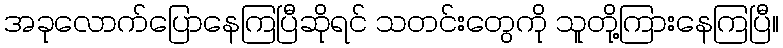
အခုလောက်ပြောနေကြပြီဆိုရင် သတင်းတွေကို သူတို့ကြားနေကြပြီ။